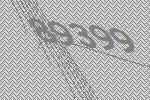
89399